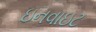
ઇનવાઇટ